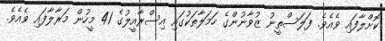
ކޮށްލާފައި ވެއެވެ. ފަލަސްތީނު ޒުވާނުންގެ ހަމަލާތަކުގައި އިސްރާއީލުގެ 41 މީހުން މަރާލާފައި ވެއެވެ.